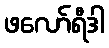
ဖလော်ရီဒါ